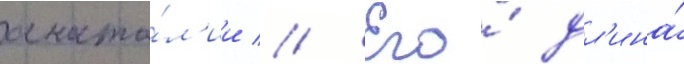
анато́л'ии // Его́ дл'ина́